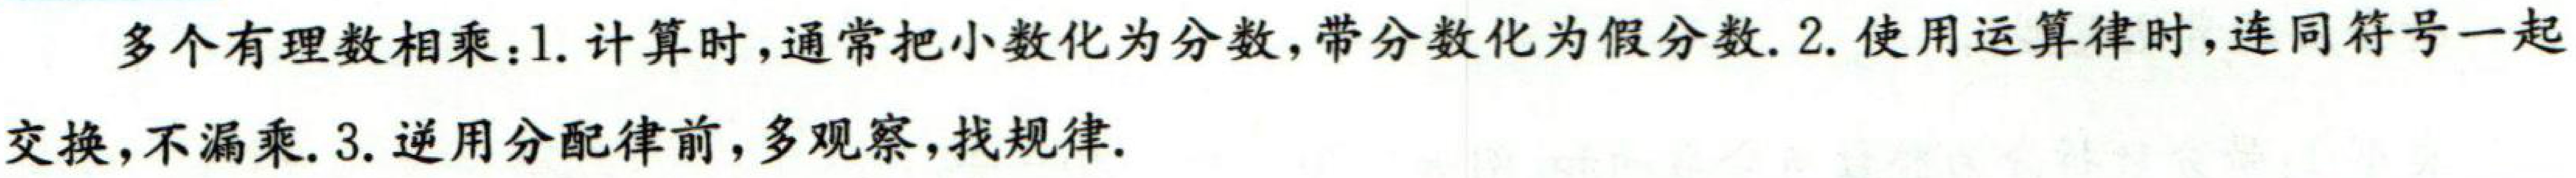
多个有理数相乘：1. 计算时，通常把小数化为分数，带分数化为假分数. 2. 使用运算律时，连同符号一起
交换，不漏乘. 3. 逆用分配律前，多观察，找规律.